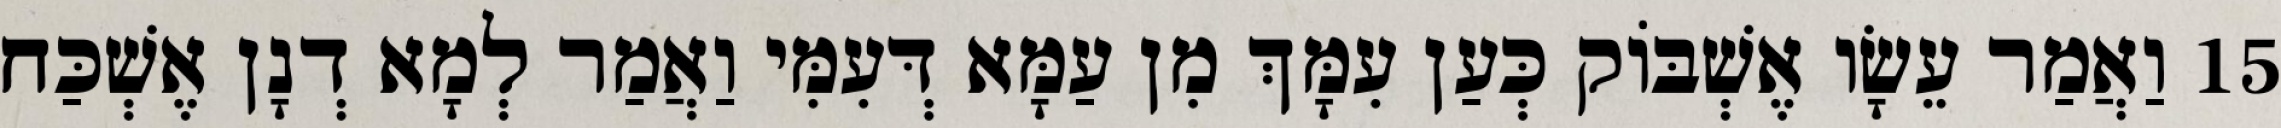
15 וַאֲמַר עֵשָׂו אֶשְׁבּוֹק כְּעַן עִמָּךְ מִן עַמָּא דְּעִמִּי וַאֲמַר לְמָא דְנָן אֶשְׁכַּח